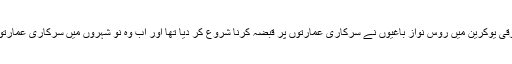
اس کے بعد مشرقی یوکرین میں روس نواز باغیوں نے سرکاری عمارتوں پر قبضہ کرنا شروع کر دیا تھا اور اب وہ نو شہروں میں سرکاری عمارتوں پر قابض ہیں۔